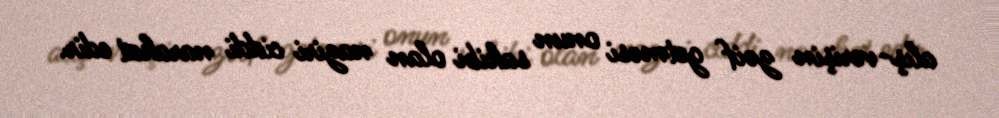
alış-verişin zəif getməsi onun sahibi olan naziri ciddi narahat edir.